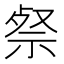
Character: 𮁹